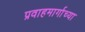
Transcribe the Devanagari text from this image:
प्रवाहमार्गाच्या